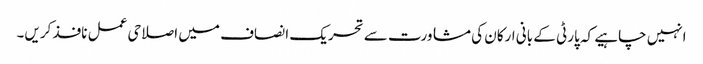
انہیں چاہیے کہ پارٹی کے بانی ارکان کی مشاورت سے تحریک ا نصاف میں اصلاحی عمل نافذ کریں۔